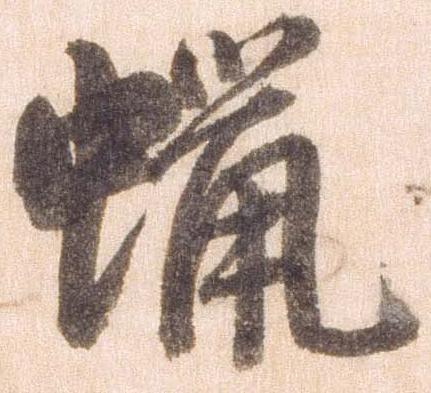
蝋